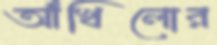
আঁখিলোর